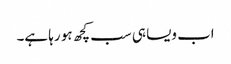
اب ویسا ہی سب کچھ ہو رہا ہے۔